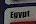
egypt